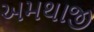
અમથાજી